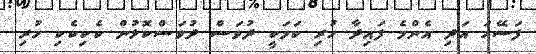
ފަސޭހަ އަދި އެންމެ ފައިދާ ހުރި ކަމަކީ ދުވަސް ދުވަސްކޮޅުން ކެކިކެކި ހުރި